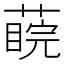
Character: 𦺊